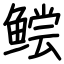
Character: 鲿